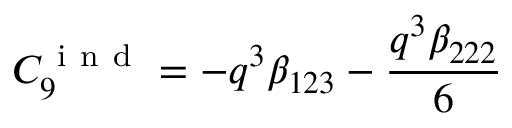
C _ { 9 } ^ { \mathrm { ~ i ~ n ~ d ~ } } = - q ^ { 3 } \beta _ { 1 2 3 } - \frac { q ^ { 3 } \beta _ { 2 2 2 } } { 6 }